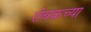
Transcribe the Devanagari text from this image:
रोबकच्या